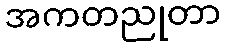
အကတညုတာ